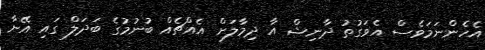
އެހެންނަމަވެސް އެވަގުތު ދާނިޝް އާ ދިމާލަށް އެއްޗެއް ބުނުމުގެ ބަދަލް ގައި އޭނާ